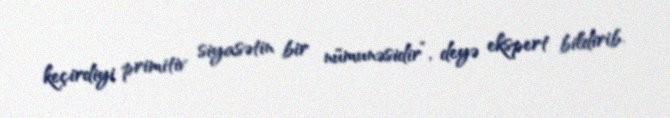
keçirdiyi primitiv siyasətin bir nümunəsidir”, deyə ekspert bildirib.